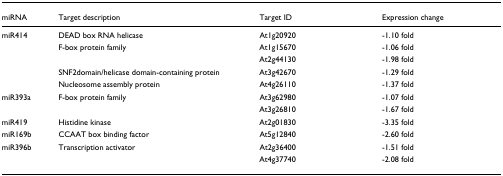
<table><thead><tr><td><b>miRNA</b></td><td><b>Target description</b></td><td><b>Target ID</b></td><td><b>Expression change</b></td></tr></thead><tbody><tr><td>miR414</td><td>DEAD box RNA helicase</td><td>At1g20920</td><td>-1.10 fold</td></tr><tr><td></td><td>F-box protein family</td><td>At1g15670</td><td>-1.06 fold</td></tr><tr><td></td><td></td><td>At2g44130</td><td>-1.98 fold</td></tr><tr><td></td><td>SNF2domain/helicase domain-containing protein</td><td>At3g42670</td><td>-1.29 fold</td></tr><tr><td></td><td>Nucleosome assembly protein</td><td>At4g26110</td><td>-1.37 fold</td></tr><tr><td>miR393a</td><td>F-box protein family</td><td>At3g62980</td><td>-1.07 fold</td></tr><tr><td></td><td></td><td>At3g26810</td><td>-1.67 fold</td></tr><tr><td>miR419</td><td>Histidine kinase</td><td>At2g01830</td><td>-3.35 fold</td></tr><tr><td>miR169b</td><td>CCAAT box binding factor</td><td>At5g12840</td><td>-2.60 fold</td></tr><tr><td>miR396b</td><td>Transcription activator</td><td>At2g36400</td><td>-1.51 fold</td></tr><tr><td></td><td></td><td>At4g37740</td><td>-2.08 fold</td></tr></tbody></table>